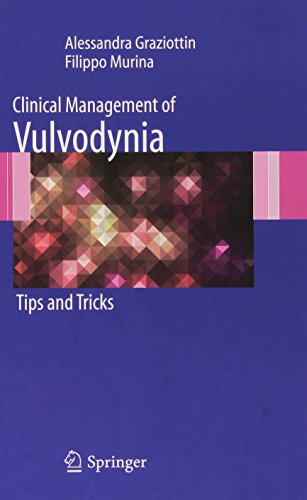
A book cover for Clinical Management of Vulvodynia: Tips and Tricks; Alessandra Graziottin; Health, Fitness & Dieting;